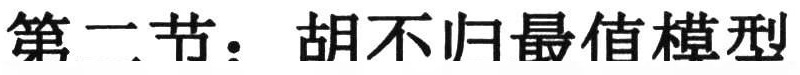
第二节：胡不归最值模型